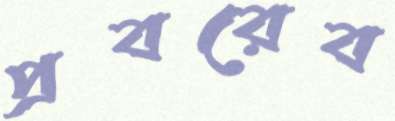
প্রবরেব